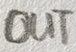
Text: OUT